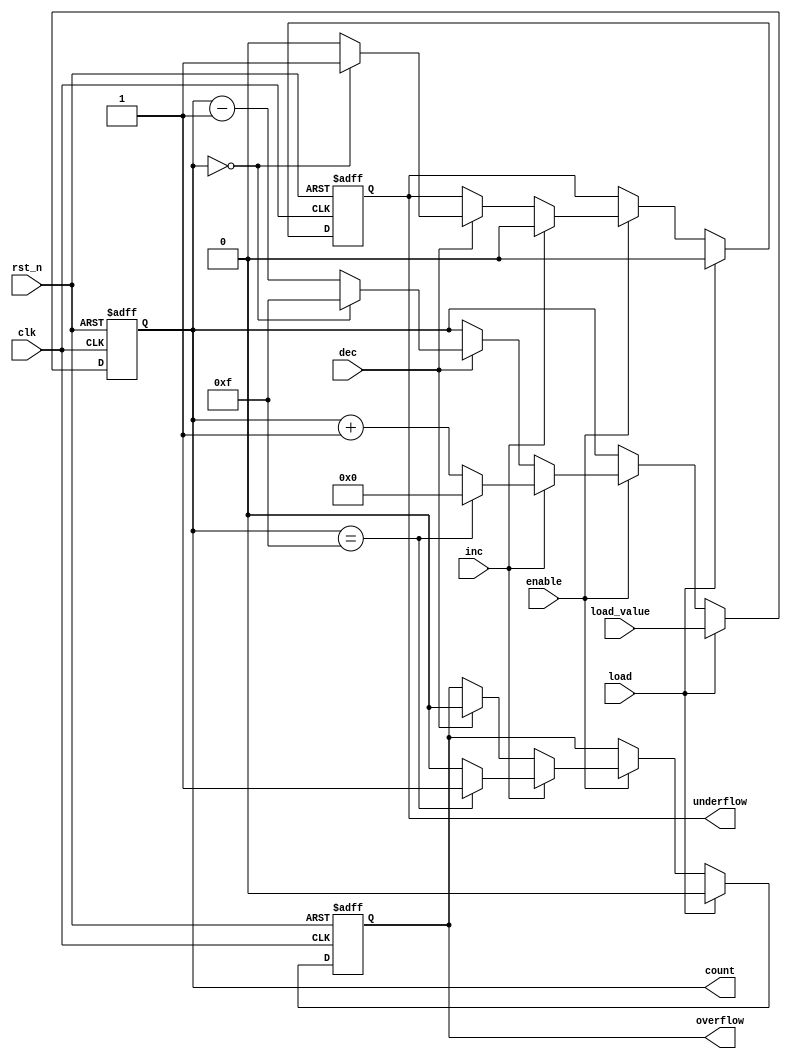
module synchronous_counter #(
    parameter WIDTH = 4,        // Number of bits in the counter
    parameter MAX_COUNT = 15    // Maximum count value (2^WIDTH - 1)
)(
    input wire clk,             // Clock input
    input wire rst_n,           // Active low asynchronous reset
    input wire load,            // Load control signal
    input wire [WIDTH-1:0] load_value, // Value to load into the counter
    input wire inc,             // Increment control signal
    input wire dec,             // Decrement control signal
    input wire enable,          // Enable signal
    output reg [WIDTH-1:0] count, // Current count value
    output reg overflow,        // Overflow flag
    output reg underflow        // Underflow flag
);

    // Asynchronous reset and load logic
    always @(posedge clk or negedge rst_n) begin
        if (!rst_n) begin
            count <= 0;          // Reset the counter to 0
            overflow <= 0;       // Clear overflow flag
            underflow <= 0;      // Clear underflow flag
        end else if (load) begin
            count <= load_value; // Load specified value
            overflow <= 0;       // Clear overflow flag
            underflow <= 0;      // Clear underflow flag
        end else if (enable) begin
            if (inc) begin
                if (count == MAX_COUNT) begin
                    count <= 0;  // Wrap around to 0
                    overflow <= 1; // Set overflow flag
                end else begin
                    count <= count + 1; // Increment count
                    overflow <= 0;       // Clear overflow flag
                end
                underflow <= 0;          // Clear underflow flag
            end else if (dec) begin
                if (count == 0) begin
                    count <= MAX_COUNT; // Wrap around to MAX_COUNT
                    underflow <= 1;      // Set underflow flag
                end else begin
                    count <= count - 1; // Decrement count
                    underflow <= 0;      // Clear underflow flag
                end
                overflow <= 0;          // Clear overflow flag
            end
        end
    end

endmodule